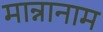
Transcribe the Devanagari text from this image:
मान्नानाम